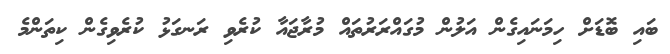
ބައި ބޮޑަށް ހިމަނައިގެން އަލުން މުގައްރަރުތައް މުރާޖައާ ކުރެވި ރަނގަޅު ކުރެވިގެން ކިތަންމެ